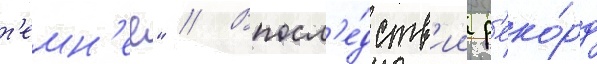
т'емн'ее" // Впосл'е́дств'ии р'еко́рд